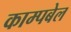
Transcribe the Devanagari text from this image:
काम्पबेल